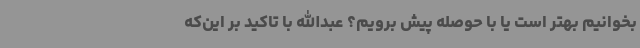
بخوانیم بهتر است یا با حوصله‌ پیش برویم؟ عبدالله با تاکید بر این‌که